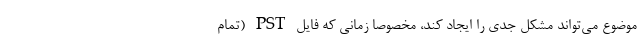
موضوع می‌­تواند مشکل جدی را ایجاد کند، مخصوصا زمانی که فایل PST (تمام